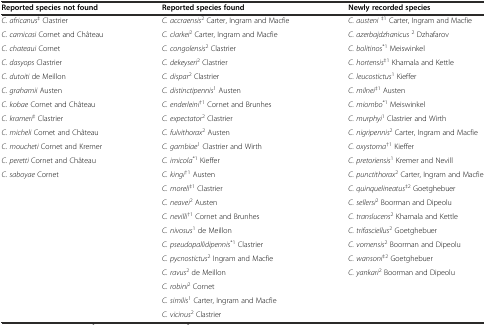
<table><thead><tr><td><b>Reported species not found</b></td><td><b>Reported species found</b></td><td><b>Newly recorded species</b></td></tr></thead><tbody><tr><td><i>C. africanus</i><sup>‡</sup> Clastrier</td><td><i>C. accraensis</i><sup>2</sup> Carter, Ingram and Macfie</td><td><i>C. austeni</i><sup>‡1</sup> Carter, Ingram and Macfie</td></tr><tr><td><i>C. camicasi</i> Cornet and Château</td><td><i>C. clarkei</i><sup>2</sup> Carter, Ingram and Macfie</td><td><i>C. azerbajdzhanicus</i><sup>2</sup> Dzhafarov</td></tr><tr><td><i>C. chateaui</i> Cornet</td><td><i>C. congolensis</i><sup>2</sup> Clastrier</td><td><i>C. bolitinos</i><sup>*1</sup> Meiswinkel</td></tr><tr><td><i>C. dasyops</i> Clastrier</td><td><i>C. dekeyseri</i><sup>2</sup> Clastrier</td><td><i>C. hortensis</i><sup>‡1</sup> Khamala and Kettle</td></tr><tr><td><i>C. dutoiti</i> de Meillon</td><td><i>C. dispar</i><sup>2</sup> Clastrier</td><td><i>C. leucostictus</i><sup>1</sup> Kieffer</td></tr><tr><td><i>C. grahamii</i> Austen</td><td><i>C. distinctipennis</i><sup>1</sup> Austen</td><td><i>C. milnei</i><sup>‡1</sup> Austen</td></tr><tr><td><i>C. kobae</i> Cornet and Château</td><td><i>C. enderleini</i><sup>†1</sup> Cornet and Brunhes</td><td><i>C. miombo</i><sup>*1</sup> Meiswinkel</td></tr><tr><td><i>C. krameri</i><sup>‡</sup> Clastrier</td><td><i>C. expectator</i><sup>2</sup> Clastrier</td><td><i>C. murphyi</i><sup>1</sup> Clastrier and Wirth</td></tr><tr><td><i>C. micheli</i> Cornet and Château</td><td><i>C. fulvithorax</i><sup>2</sup> Austen</td><td><i>C. nigripennis</i><sup>2</sup> Carter, Ingram and Macfie</td></tr><tr><td><i>C. moucheti</i> Cornet and Kremer</td><td><i>C. gambiae</i><sup>1</sup> Clastrier and Wirth</td><td><i>C. oxystoma</i><sup>†1</sup> Kieffer</td></tr><tr><td><i>C. peretti</i> Cornet and Château</td><td><i>C. imicola</i><sup>*1</sup> Kieffer</td><td><i>C. pretoriensis</i><sup>1</sup> Kremer and Nevill</td></tr><tr><td><i>C. saboyae</i> Cornet</td><td><i>C. kingi</i><sup>†1</sup> Austen</td><td><i>C. punctithorax</i><sup>2</sup> Carter, Ingram and Macfie</td></tr><tr><td></td><td><i>C. moreli</i><sup>‡1</sup> Clastrier</td><td><i>C. quinquelineatus</i><sup>‡2</sup> Goetghebuer</td></tr><tr><td></td><td><i>C. neavei</i><sup>2</sup> Austen</td><td><i>C. sellersi</i><sup>2</sup> Boorman and Dipeolu</td></tr><tr><td></td><td><i>C. nevilli</i><sup>†1</sup> Cornet and Brunhes</td><td><i>C. translucens</i><sup>2</sup> Khamala and Kettle</td></tr><tr><td></td><td><i>C. nivosus</i><sup>1</sup> de Meillon</td><td><i>C. trifasciellus</i><sup>2</sup> Goetghebuer</td></tr><tr><td></td><td><i>C. pseudopallidipennis</i><sup>*1</sup> Clastrier</td><td><i>C. vomensis</i><sup>2</sup> Boorman and Dipeolu</td></tr><tr><td></td><td><i>C. pycnostictus</i><sup>2</sup> Ingram and Macfie</td><td><i>C. wansoni</i><sup>‡2</sup> Goetghebuer</td></tr><tr><td></td><td><i>C. ravus</i><sup>2</sup> de Meillon</td><td><i>C. yankari</i><sup>2</sup> Boorman and Dipeolu</td></tr><tr><td></td><td><i>C. robini</i><sup>2</sup> Cornet</td><td></td></tr><tr><td></td><td><i>C. similis</i><sup>1</sup> Carter, Ingram and Macfie</td><td></td></tr><tr><td></td><td><i>C. vicinus</i><sup>2</sup> Clastrier</td><td></td></tr></tbody></table>